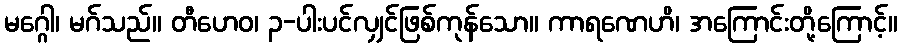
မဂ္ဂေါ၊ မဂ်သည်။ တီဟေဝ၊ ၃-ပါးပင်လျှင်ဖြစ်ကုန်သော။ ကာရဏေဟိ၊ အကြောင်းတို့ကြောင့်။